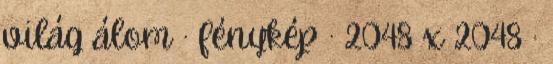
világ álom · fénykép · 2048 x 2048 ·